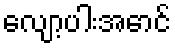
လျော့ပါးအောင်